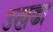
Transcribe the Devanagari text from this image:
उखढा